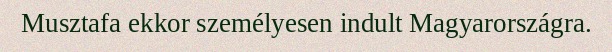
Musztafa ekkor személyesen indult Magyarországra.